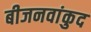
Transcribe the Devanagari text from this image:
बीजनवांकुद